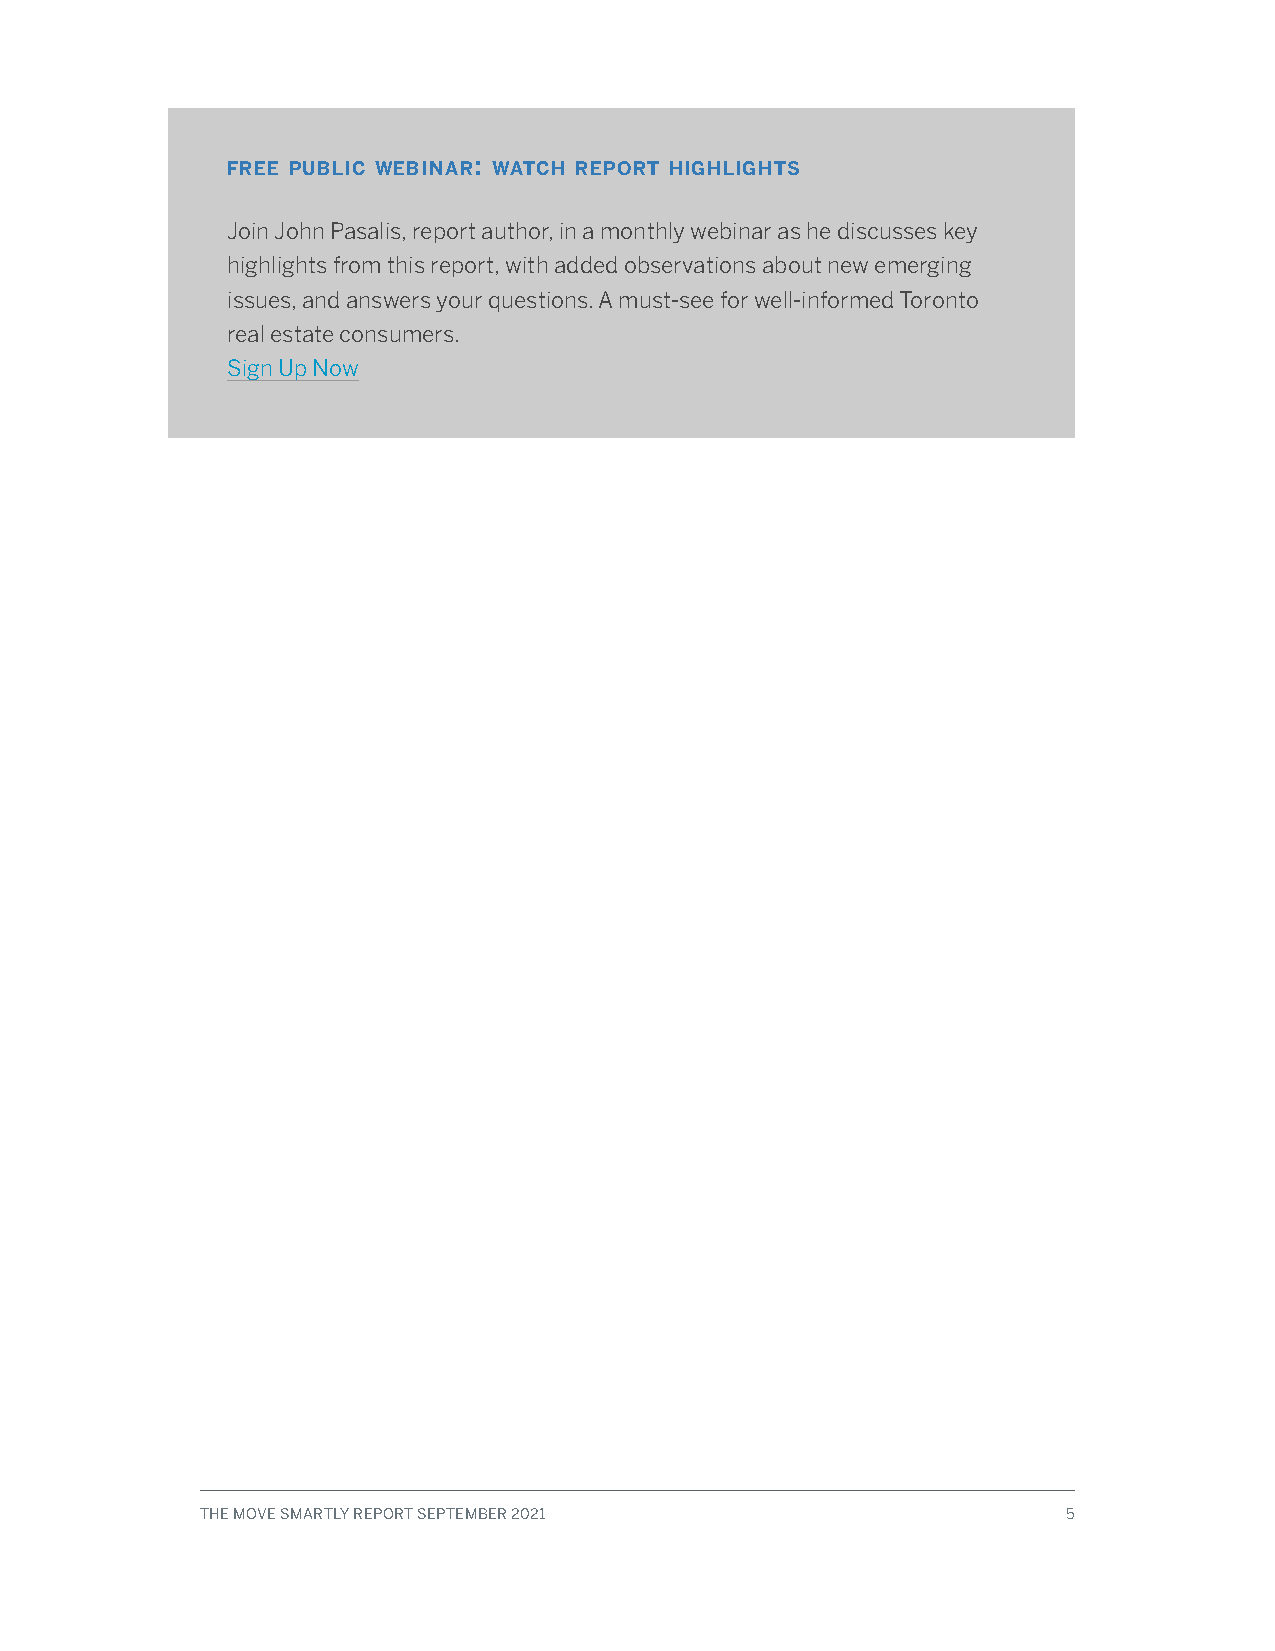
:
 free public webinar watch report highlights
 Join John Pasalis, report author, in a monthly webinar as he discusses key
 highlights from this report, with added observations about new emerging
 issues, and answers your questions. A must-see for well-informed Toronto
 real estate consumers.
 Sign Up Now
 THE MOVE SMARTLY REPORT SEPTEMBER 2021                    5